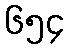
၆၅၄